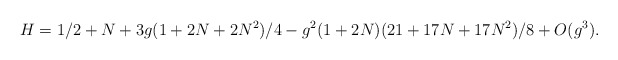
\begin{align*}H=1/2+N+3g(1+2N+2N^{2})/4-g^{2}(1+2N)(21+17N+17N^{2})/8+O(g^{3}).\end{align*}